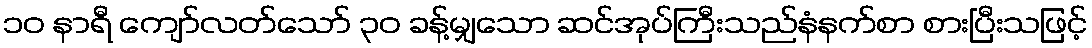
၁၀ နာရီ ကျော်လတ်သော် ၃၀ ခန့်မျှသော ဆင်အုပ်ကြီးသည်နံနက်စာ စားပြီးသဖြင့်